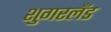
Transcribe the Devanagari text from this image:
शुगरलँड